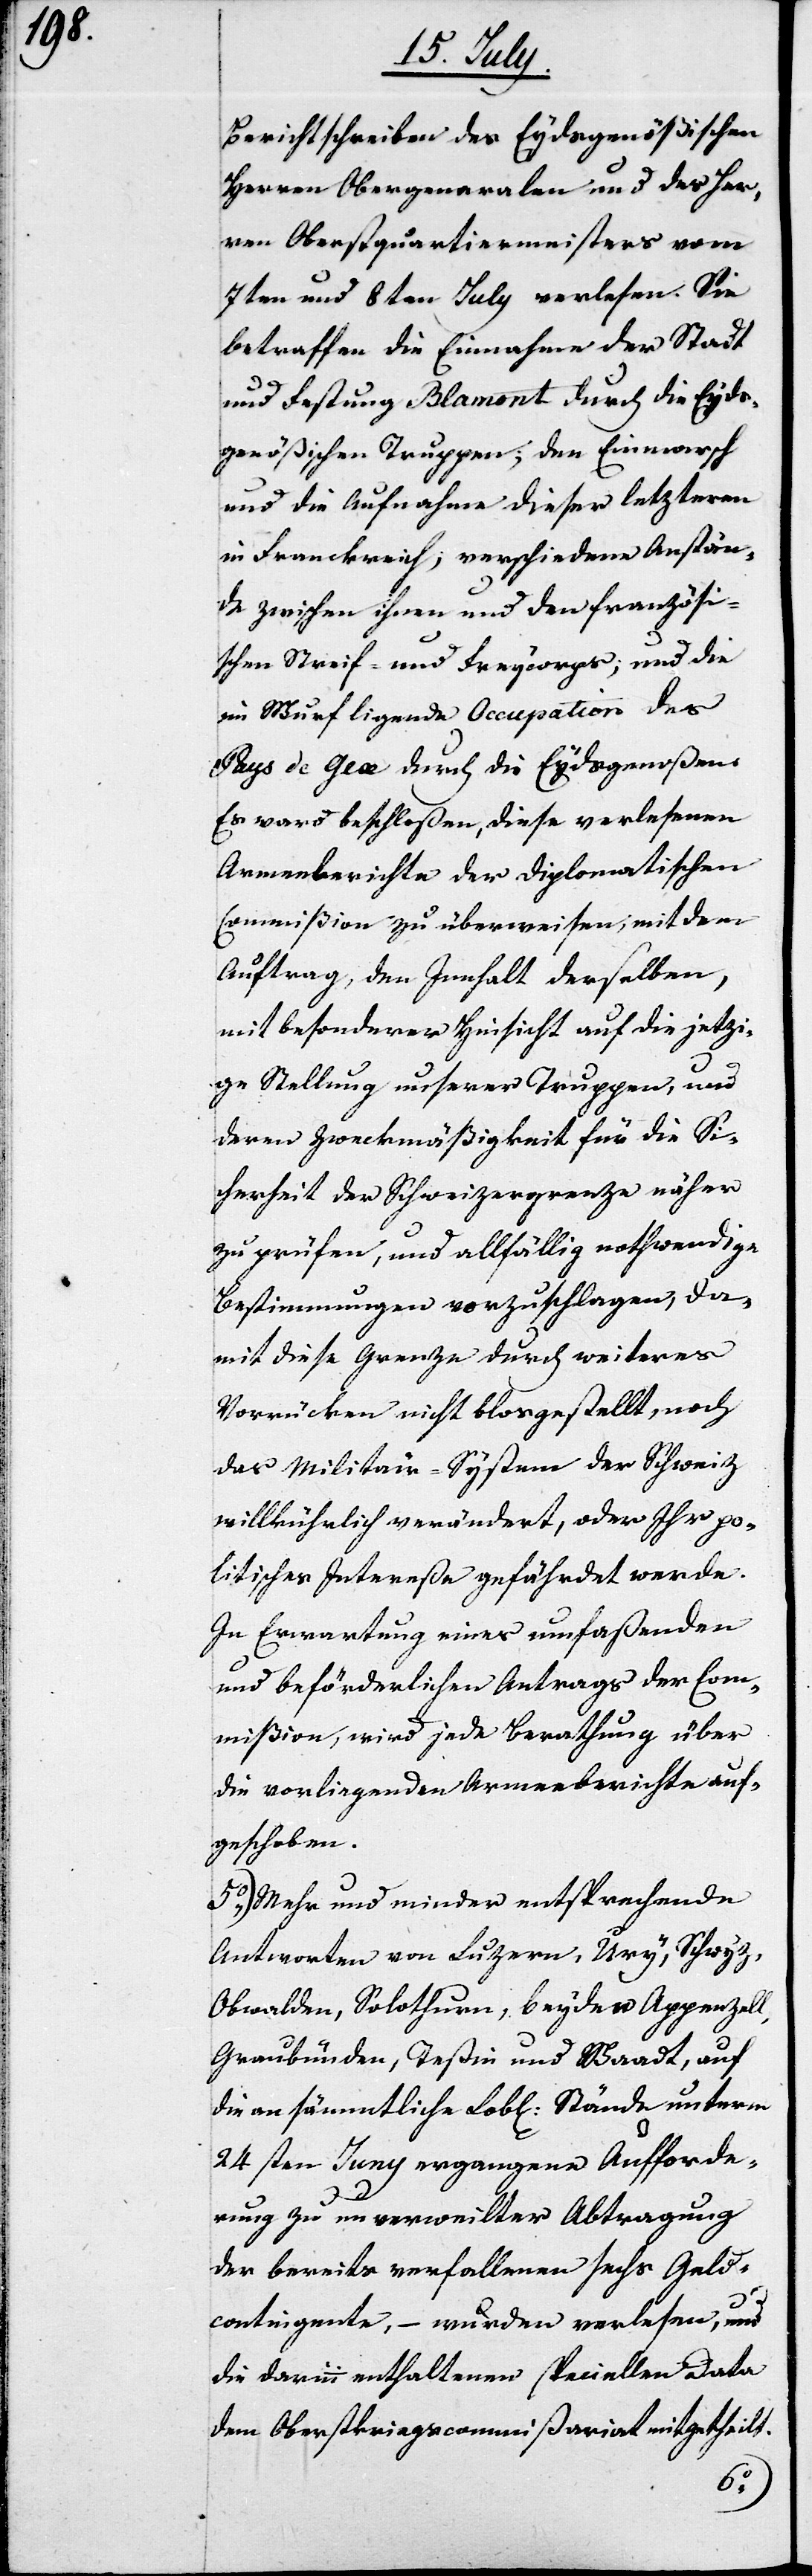
Berichtschreiben des Eydsgenößischen
Herren Obergeneralen und des Her¬
ren Oberstquartiermeisters vom
7ten und 8ten July verlesen. Sie
betreffen die Einnahme der Stadt
und Festung Blamont durch die Eyds¬
genößischen Truppen; den Einmarsch
und die Aufnahme dieser letzteren
in Frankreich; verschiedene Anstän¬
de zwischen ihnen und den französi¬
schen Streif- und Freycorps; und die
im Wurf ligende Occupation des
Pays de Gex durch die Eydsgenoßen.
Es ward beschloßen, diese verlesenen
Armeeberichte der Diplomatischen
Commißion zu überweisen, mit dem
Auftrag, den Innhalt derselben,
mit besonderer Hinsicht auf die jetzi¬
ge Stellung unserer Truppen, und
deren Zweckmäßigkeit für die Si¬
cherheit der Schweizergrenze näher
zu prüfen, und allfällig nothwendige
Bestimmungen vorzuschlagen, da¬
mit diese Grenze durch weiteres
Vorrücken nicht bloßgestellt, noch
das Militair-System der Schweiz
willkürlich verändert, oder Ihr po¬
litisches Intereße gefährdet werde.
In Erwartung eines umfaßenden
und beförderlichen Antrags der Com¬
mißion, wird jede Berathung über
die vorliegenden Armeeberichte auf¬
geschoben.
5.) Mehr und minder entsprechende
Antworten von Luzern, Ury, Schwyz,
Obwalden, Solothurn, beyden Appenzell,
Graubünden, Teßin und Waadt, auf
die an sämmtliche Lobl. Stände unterm
24sten Juny ergangene Aufforde¬
rung zu unverweilter Abtragung
der bereits verfallenen sechs Geld¬
contingente, – wurden verlesen, und
die darinn enthaltenen speciellen Daten
dem Oberstkriegscommißariat mitgetheilt.